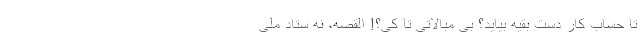
تا حساب کار دست بقیه بیاید؟ بی مبالاتی تا کی؟! القصه، نه ستاد ملی